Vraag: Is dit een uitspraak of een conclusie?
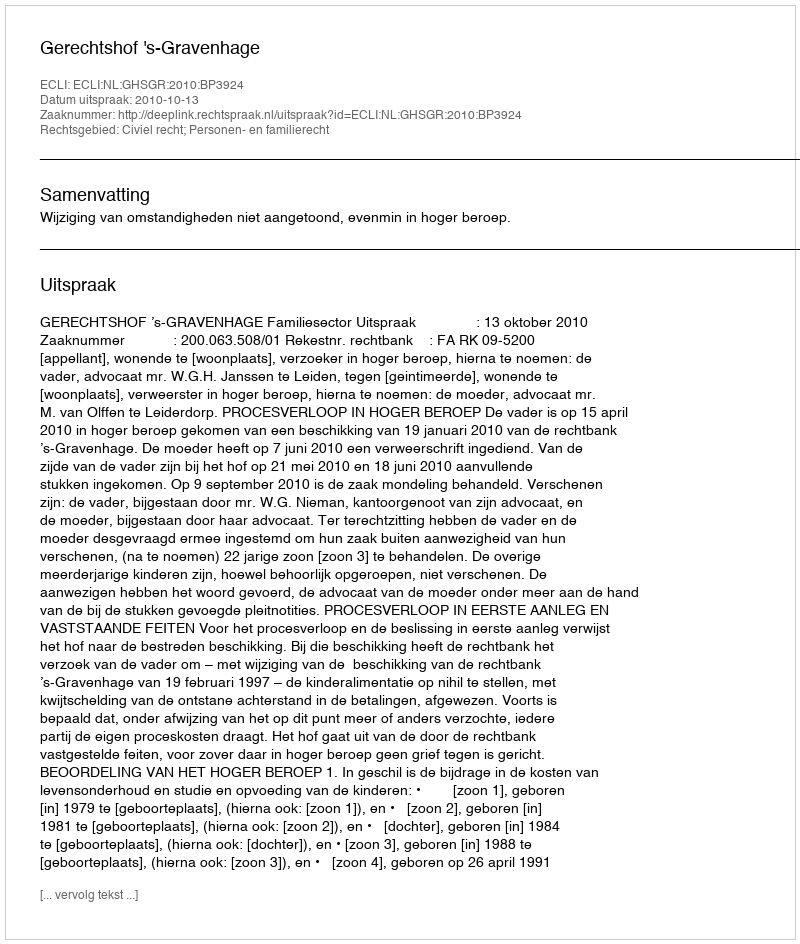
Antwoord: Uitspraak